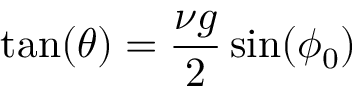
\tan ( \theta ) = \frac { \nu g } { 2 } \sin ( \phi _ { 0 } )